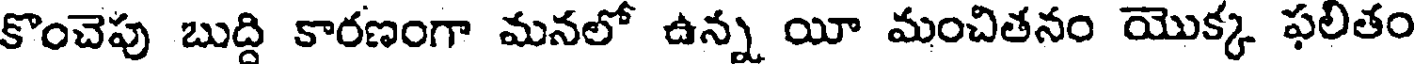
కొంచెపు బుద్ది కారణంగా మనలో ఉన్న యీ మంచితనం యొక్క ఫలితం